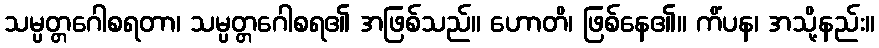
သမ္ပတ္တဂေါစရတာ၊ သမ္ပတ္တဂေါစရ၏ အဖြစ်သည်။ ဟောတိ၊ ဖြစ်နေ၏။ ကိံပန၊ အသို့နည်း။